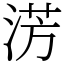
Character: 淓